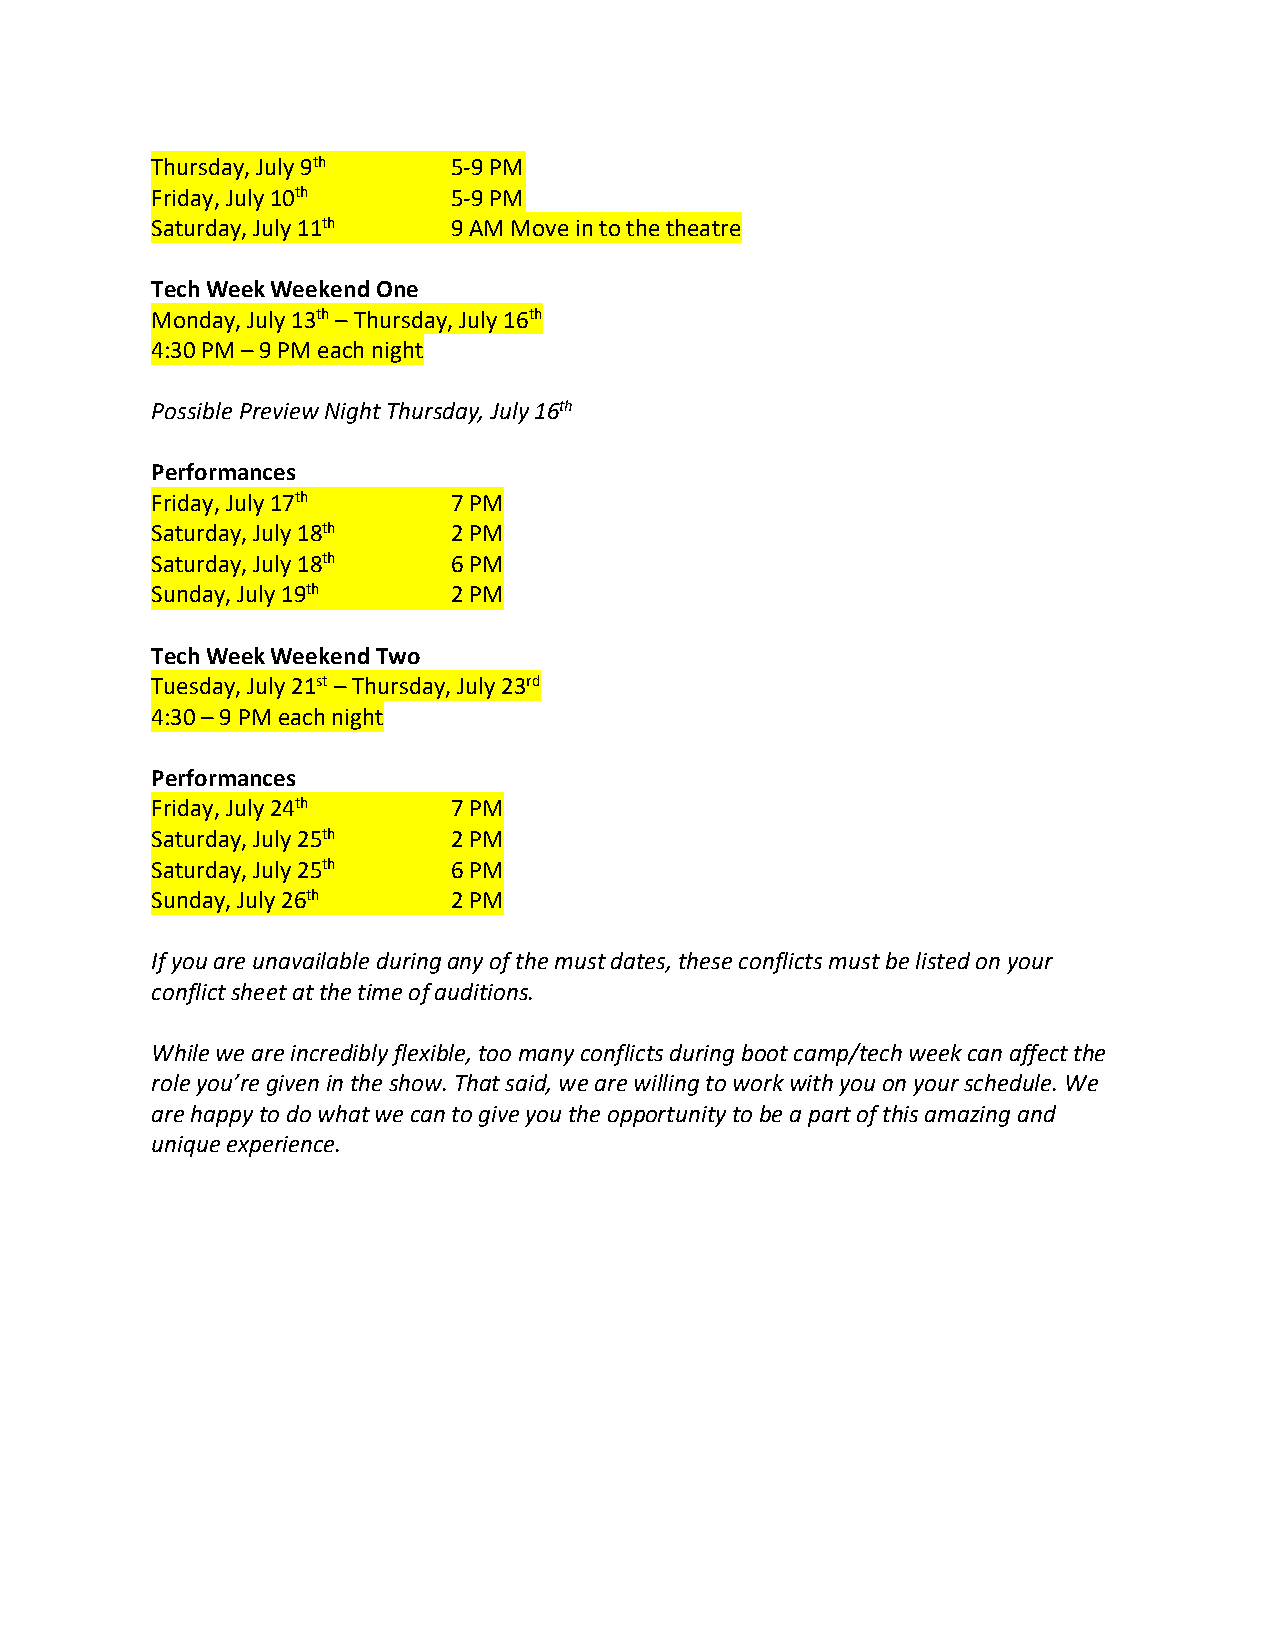
Thursday, July 9th  5-9 PM
 Friday, July 10th   5-9 PM
 Saturday, July 11th 9 AM Move in to the theatre
 Tech Week Weekend One
 Monday, July 13th – Thursday, July 16th
 4:30 PM – 9 PM each night
 Possible Preview Night Thursday, July 16th
 Performances
 Friday, July 17th   7 PM
 Saturday, July 18th 2 PM
 Saturday, July 18th 6 PM
 Sunday, July 19th   2 PM
 Tech Week Weekend Two
 Tuesday, July 21st – Thursday, July 23rd
 4:30 – 9 PM each night
 Performances
 Friday, July 24th   7 PM
 Saturday, July 25th 2 PM
 Saturday, July 25th 6 PM
 Sunday, July 26th   2 PM
 If you are unavailable during any of the must dates, these conflicts must be listed on your
 conflict sheet at the time of auditions.
 While we are incredibly flexible, too many conflicts during boot camp/tech week can affect the
 role you’re given in the show. That said, we are willing to work with you on your schedule. We
 are happy to do what we can to give you the opportunity to be a part of this amazing and
 unique experience.